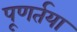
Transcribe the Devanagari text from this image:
पूणर्तया